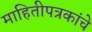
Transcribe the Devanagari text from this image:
माहितीपत्रकांचे